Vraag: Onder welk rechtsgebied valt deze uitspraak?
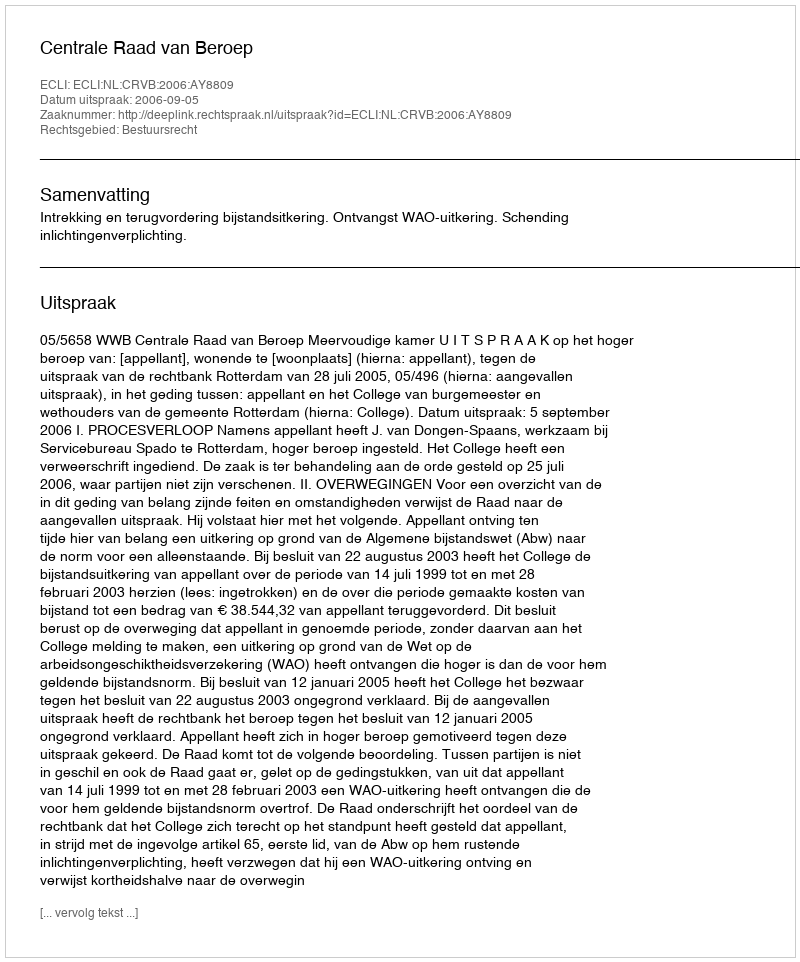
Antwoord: Bestuursrecht